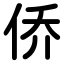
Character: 侨